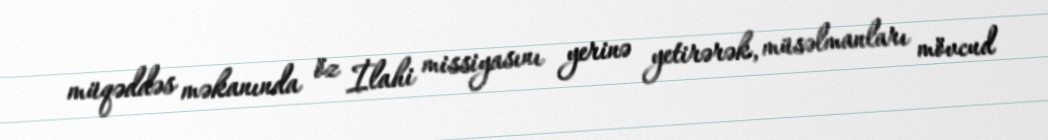
müqəddəs məkanında öz İlahi missiyasını yerinə yetirərək, müsəlmanları mövcud